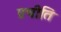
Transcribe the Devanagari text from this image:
प्रचीति